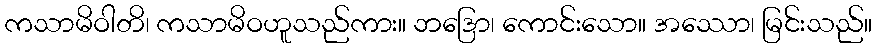
ကသာမိဝါတိ၊ ကသာမိဝဟူသည်ကား။ ဘဒြော၊ ကောင်းသော။ အဿော၊ မြင်းသည်။